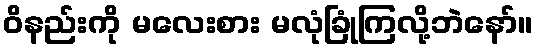
ဝိနည်းကို မလေးစား မလုံခြုံကြလို့ဘဲနော်။